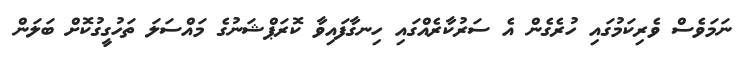
ނަމަވެސް ވެރިކަމުގައި ހުރެގެން އެ ސަރުކާރެއްގައި ހިނގާފައިވާ ކޮރަޕްޝަނުގެ މައްސަލަ ތަހުގީގުކޮށް ބަލަން